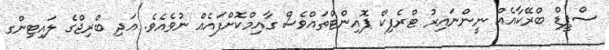
ސްޕީޑް ބްރޭކާއެއް ނީންނައިރު ޓްރެފިކް ޕޮއިންޓްތައްވެސް ގާއިމްކޮށްފައެއް ނުވެއެވެ. އަދި ބްރިޖްގެ ލައިޓިންގ